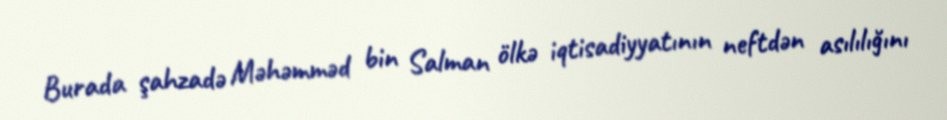
Burada şahzadə Məhəmməd bin Salman ölkə iqtisadiyyatının neftdən asılılığını